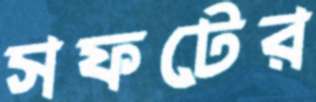
সফটের